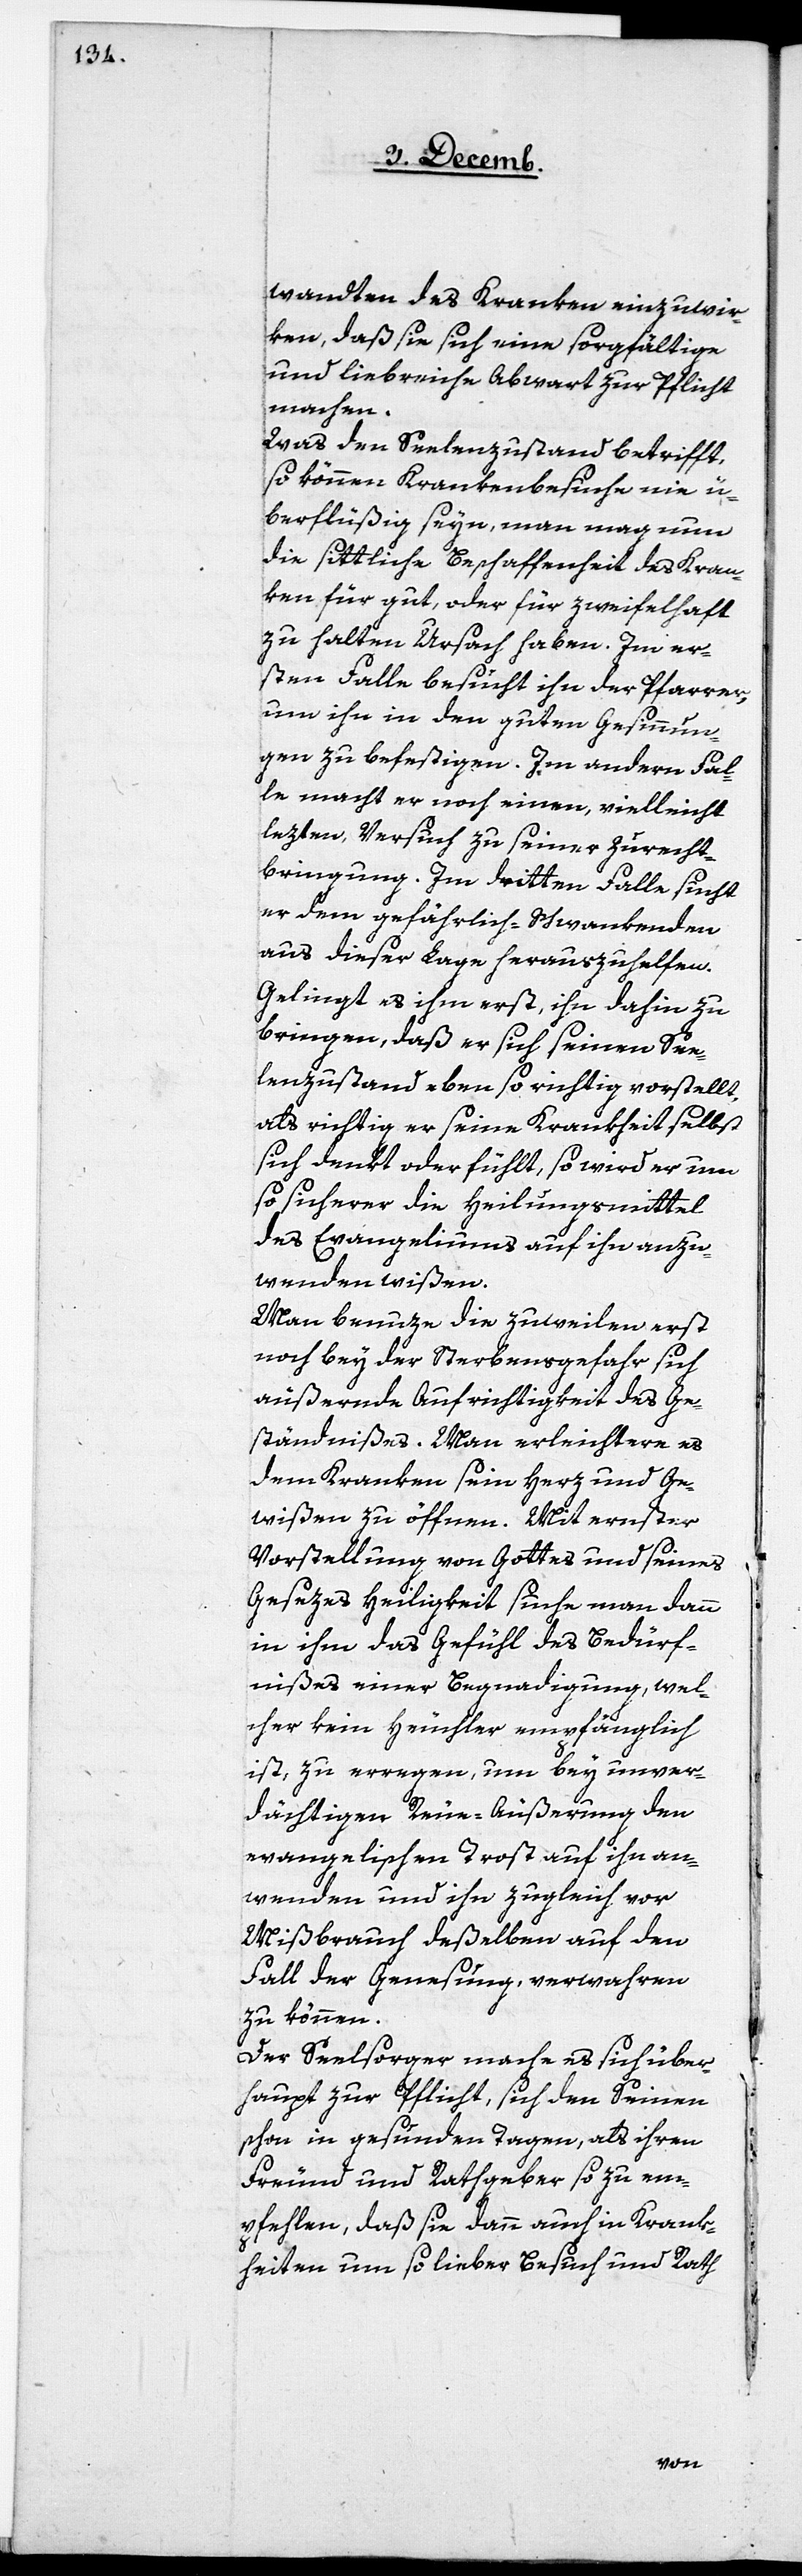
wandten des Kranken einzuwir¬
ken, daß sie sich eine sorgfältige
und liebreiche Abwart zur Pflicht
machen.
Was den Seelenzustand betrifft,
so können Krankenbesuche nie ü¬
berflüßig seyn, man mag nun
die sittliche Beschaffenheit des Kran¬
ken für gut, oder für zweifelhaft
zu halten Ursach haben. Im er¬
sten Falle besucht ihn der Pfarrer,
um ihn in den guten Gesinnun¬
gen zu befestigen. Im andern Fal¬
le macht er noch einen, vielleicht
lezten, Versuch zu seiner Zurecht¬
bringung. Im dritten Falle sucht
er dem gefährlich-Schwankenden
aus dieser Lage herauszuhelfen.
Gelingt es ihm erst, ihn dahin zu
bringen, daß er sich seinen See¬
lenzustand eben so richtig vorstellt,
als richtig er seine Krankheit selbst
sich denkt oder fühlt, so wird er um
so sicherer die Heilungsmittel
des Evangeliums auf ihn anzu¬
wenden wißen.
Man benuze die zuweilen erst
noch bey der Sterbensgefahr sich
äußernde Aufrichtigkeit des Ge¬
ständnißes. Man erleichtere es
dem Kranken sein Herz und Ge¬
wißen zu öffnen. Mit ernster
Vorstellung von Gottes und seines
Gesezes Heiligkeit suche man dann
in ihm das Gefühl des Bedürf¬
nißes einer Begnadigung, wel¬
cher kein Heuchler empfänglich
ist, zu erregen, um bey unver¬
dächtigen [sic] Reue-Äußerung den
evangelischen Trost auf ihn an¬
wenden und ihn zugleich vor
Mißbrauch deßelben auf den
Fall der Genesung, verwahren
zu können.
Der Seelsorger mache es sich über¬
haupt zur Pflicht, sich den Seinen
schon in gesunden Tagen, als ihren
Freund und Rathgeber so zu em¬
pfehlen, daß sie dann auch in Krank¬
heiten um so lieber Besuch und Rath